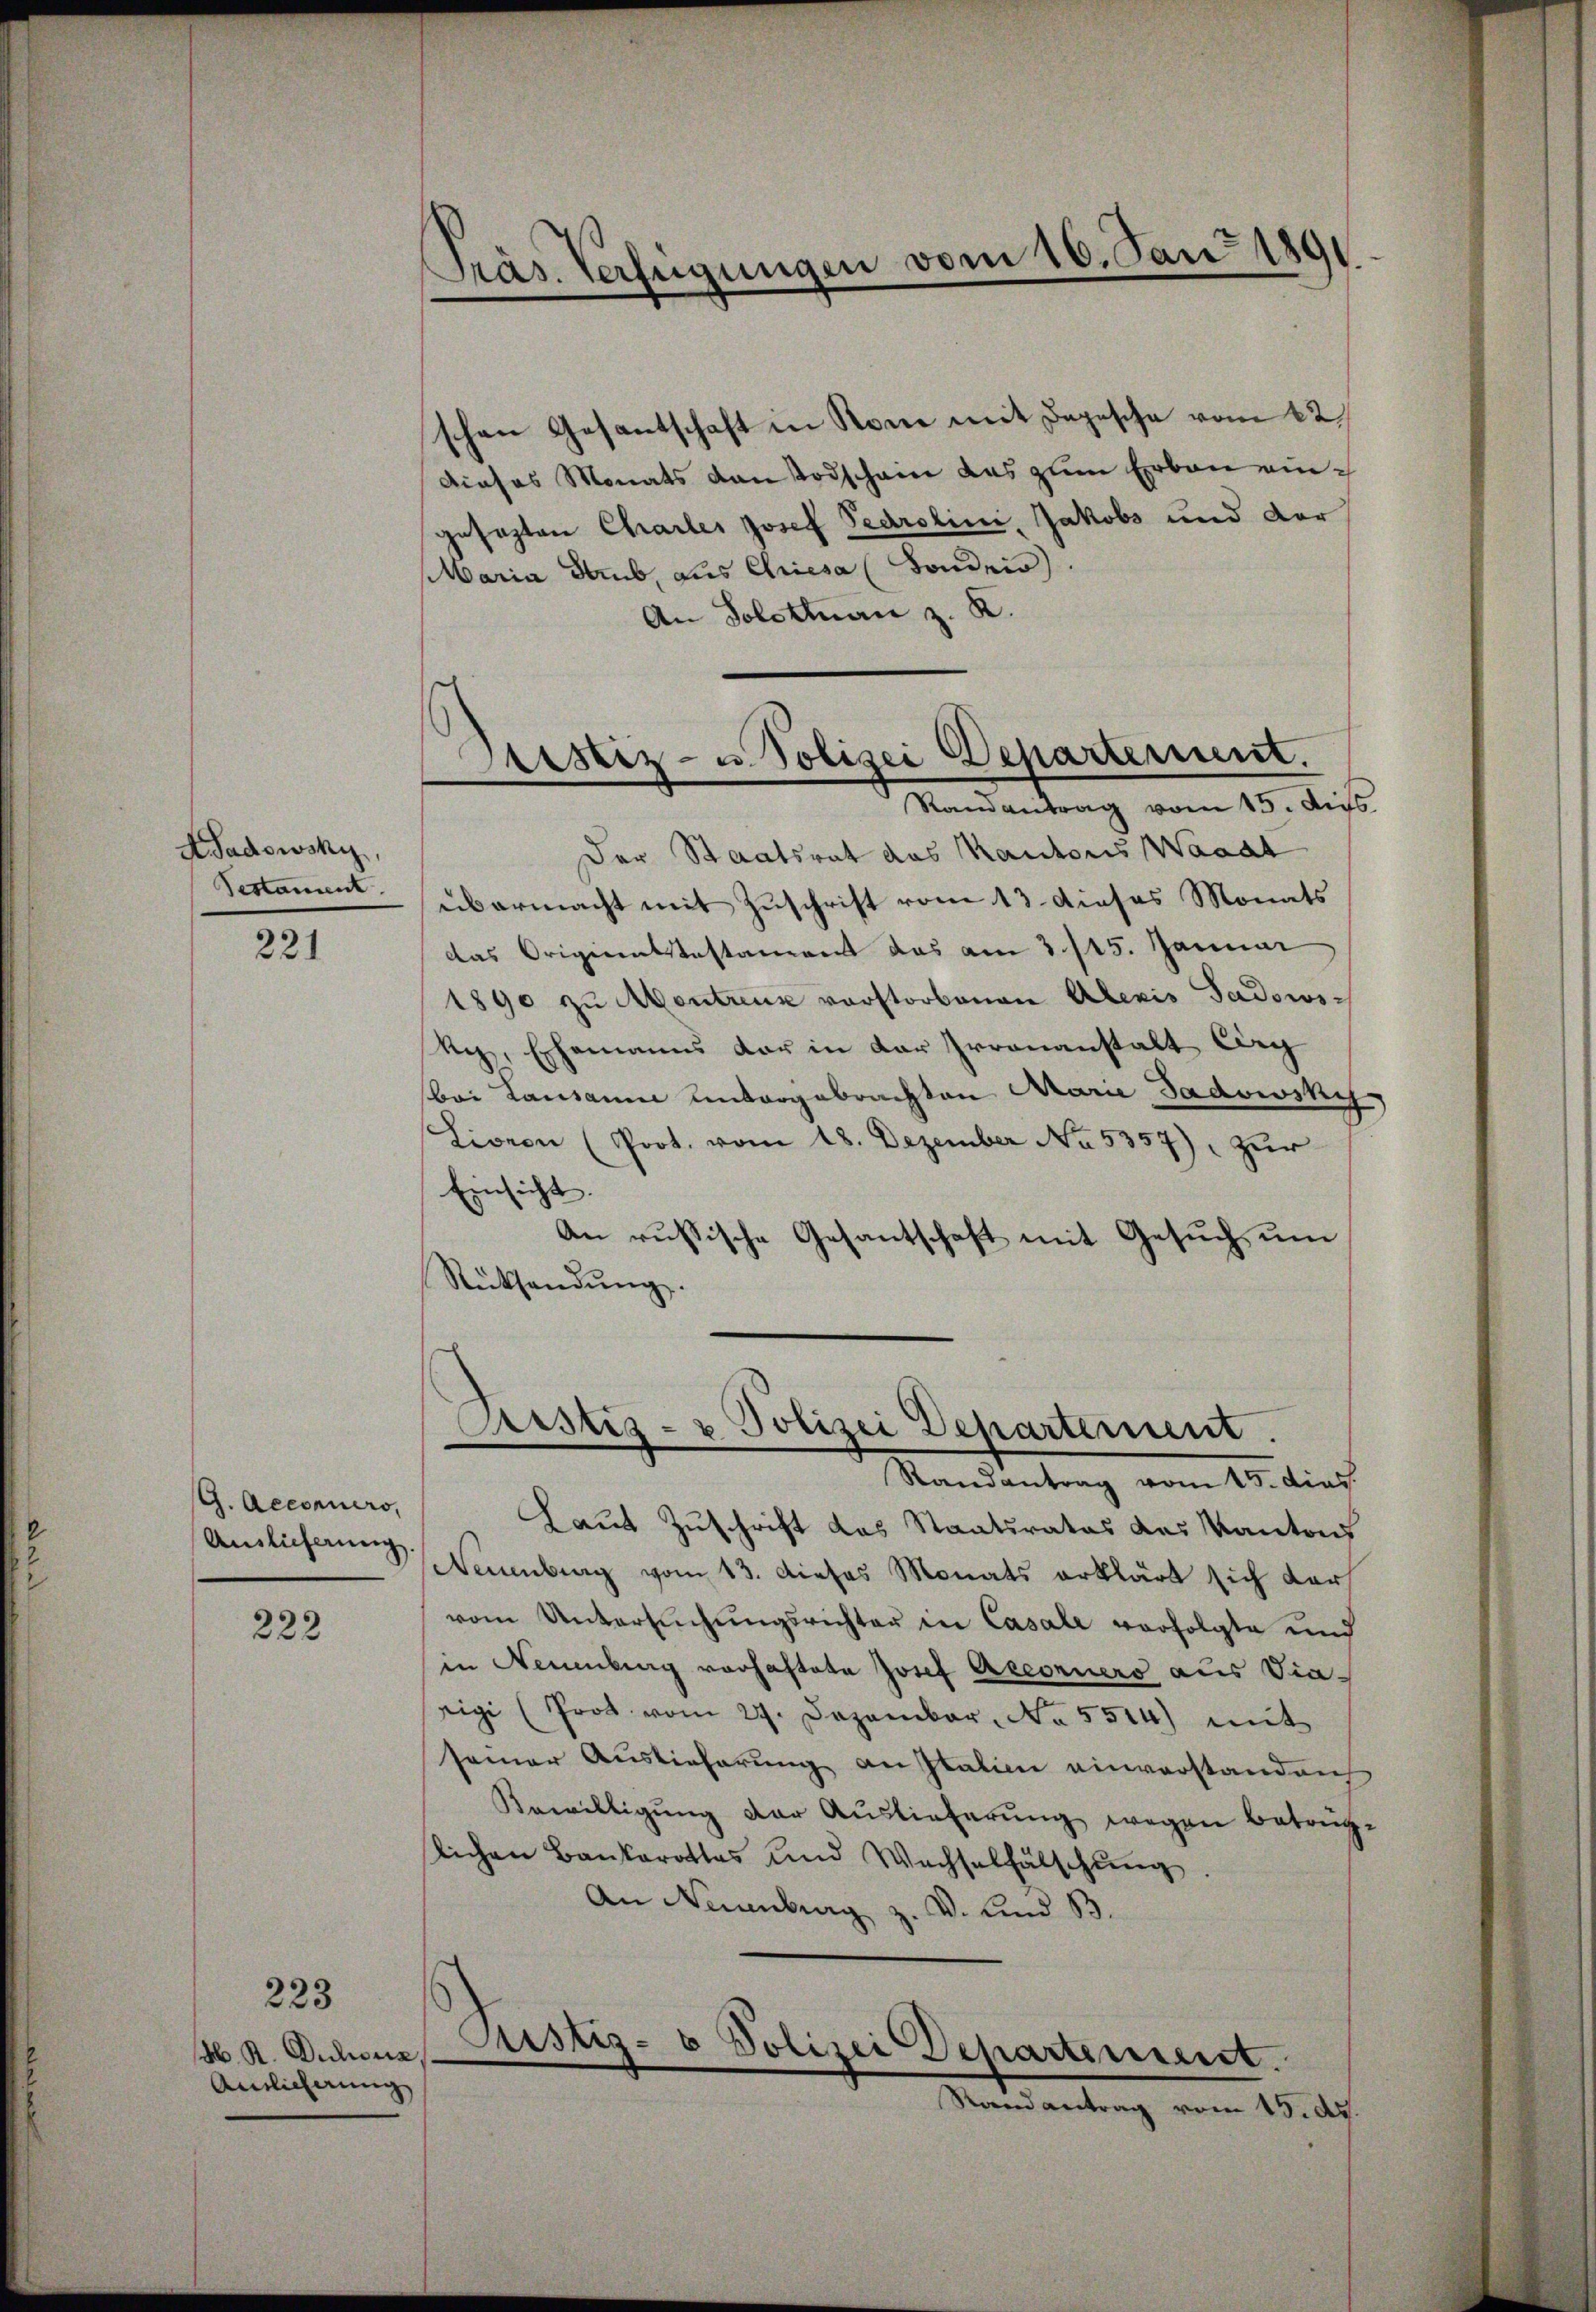
Präs. Verfügungen vom 16. Jan 1891

schen Gesantschaft in Stone mit Depesche vom 12
dieses Monats von Todschain das zum Erbau eingesezten Chartes Josef Pedrolini, Jakobs und der
Maria Raub, aus Chriesa (Sonder).
An Solothurn z. K.

Aristiz- u. Polizei Departernent.
Randantrag vom 15. Aus

Der Staatsrat das Kantons Waadt
übermacht mit Zuschrift vom 13. dieses Monats
das Origiernstestament das am 3. 115. Januar
1890 zu Montreux verstorbenen Alexis Gadows
Rez, Ehemanns der in der Irrenanstalt Carg
bei Lausanne untergebrachten Marie Gadowsky,
Liveon (Prot. vom 18. Dezember No. 5357), zur
Einsicht.
An russische Gesantschaft mit Gesŭch ŭm
Rücksendŭng.

ASadowsky,
Testament.
221

Prustiz- & Polizei Departement.
e
Randantrag vom 15. dies.

Laut Zuschrift das Staatsrates des Kantons
Neuenburg vom 13. dieses Monats erklärt sich darf
vom Untersŭchŭngsrichter in Casale verfolgte und
in Neuenburg vorhaftete Josef Accoriers aus Viaigi (Prot. vom 27. Dezember. No. 5514) mit
seiner Auslieferung an Italien einverstanden,
Bewilligung der Auslieferung wegen Betraglichen Bankarottes und Wachselfälschung
An Neuenburg z. V. und B

G. Acconuero,
Auslieferung.

222

Justiz- & Polizei Departement.
Randantrag vom 15. d.

223

M. R. Diens
Ainlicherung